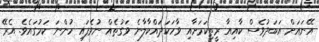
އޭނައަށް އަބަދުވެސް ކާއިއާ ރީތިކަމަށާއި ވާހަކަދައްކާލާނެ ވަގުތެއް ނުވެފައި ހުންނަ ކަމުގައެވެ. އެރޭ